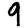
Digit: 9